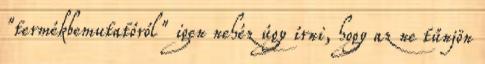
"termékbemutatóról" igen nehéz úgy írni, hogy az ne tűnjön